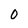
Character: 0